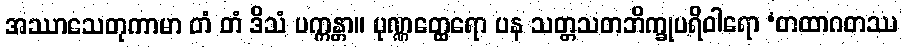
အဿာသေတုကာမာ တံ တံ ဒိသံ ပက္ကန္တာ။ ပုဏ္ဏတ္ထေရော ပန သတ္တသတဘိက္ခုပရိဝါရော ‘တထာဂတဿ